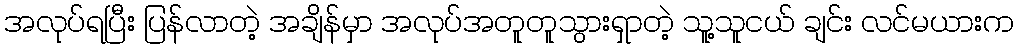
အလုပ်ရပြီး ပြန်လာတဲ့ အချိန်မှာ အလုပ်အတူတူသွားရှာတဲ့ သူ့သူငယ် ချင်း လင်မယားက